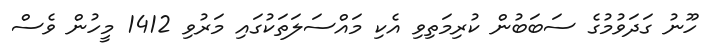
ހޫނު ގަދަވުމުގެ ސަބަބުން ކުރިމަތިވި އެކި މައްސަލަތަކުގައި މަރުވި 1412 މީހުން ވެސް